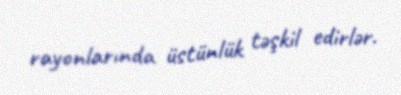
rayonlarında üstünlük təşkil edirlər.